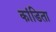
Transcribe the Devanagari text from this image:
कांडिता